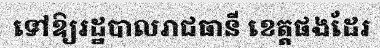
ទៅឱ្យរដ្ឋបាលរាជធានី ខេត្តផងដែរ